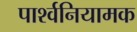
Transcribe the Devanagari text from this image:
पार्श्वनियामक